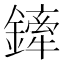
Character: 鏲